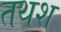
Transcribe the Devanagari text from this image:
तथश